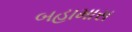
બહામાસ